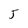
Character: 5